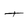
Character: T